Burma Government Medical School reports 1923-41
Year: 1923
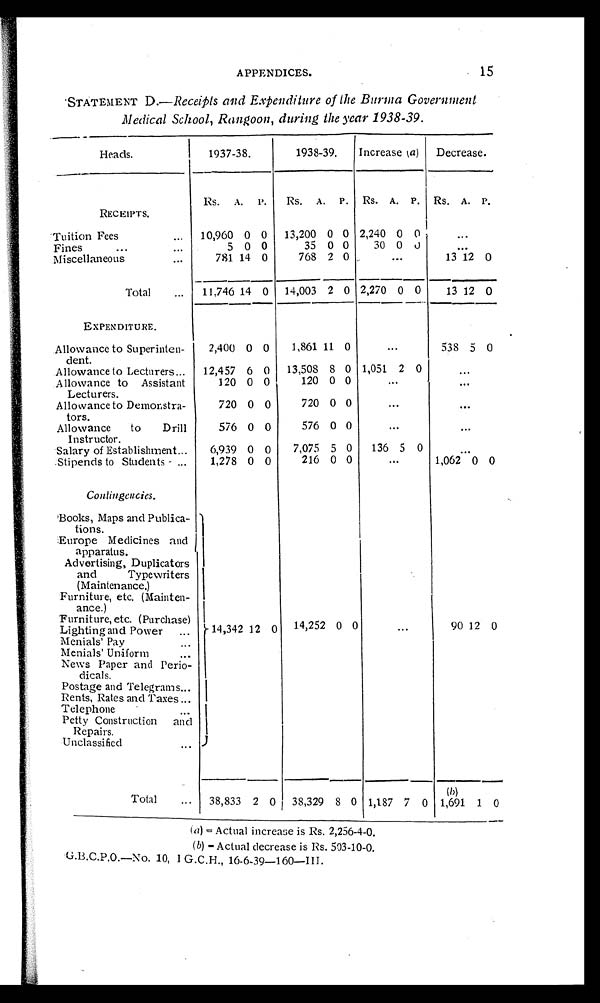
APPENDICES.
15
STATEMENT D.—Receipts and Expenditure of the Burma Government
Medical School, Rangoon, during the year 1938-39.
Heads.
1937-38.
1938-39. Increase (a) Decrease.
Rs. A. P. Rs. A. P. Rs. A. P. Rs. A. P.
RECEIPTS.
Tuition Fees
10,960 0 0 13,200 0 0 2,240 0 0
Fines
5 0 0
35 0 0 30 0 0
Miscellaneous
781 14 0
768 2 0
13 12 0
Total
11,746 14 0 14,003 2 0 2,270 0 0 13 12 0
EXPENDITURE.
Allowance to Superinten-
dent.
2,400 0 0 1,861 11 0
538 5 0
Allowance to Lecturers
12,457 6 0 13,508 8 0 1,051 2 0
Allowance to Assistant
Lecturers.
120 0 0
120 0 0
Allowance to Demonstra-
tors.
720 0 0
720 0 0
Allowance to Drill
Instructor.
576 0 0
576 0 0
Salary of Establishment
6,939 0 0 7,075 5 0 136 5 0
.Stipends to Students
1,278 0 0
216 0 0
1,062 0 0
Contingencies.
Books, Maps and Publica-
tions.
Europe Medicines and
apparatus.
Advertising, Duplicators
and
Typewriters
(Maintenance.)
Furniture, etc. (Mainten-
ance.)
Furniture, etc. (Purchase)
Lighting and Power
14,342 12 0 14,252 0 0
90 12 0
Menials' Pay
Menials' Uniform
News Paper and Perio-
d i c a l s .
Postage and Telegrams
Rents, Rates and Taxes
Telephone
Petty Construction and
Repairs.
Unclassified
Total
38,833 2 0 38,329 8 0 1,187 7 0
( 6 )
1,691 1 0
(a)
=
A c t u a l i n c r e a s e i s R s . 2 , 2 5 6 - 4 – 0 .
(b)
=
A c t u a l d e c r e a s e i s R s . 5 0 3 - 1 0 - 0 .
G.B.C.P.O.—No. 10, I G.C.H., 16-6-39-160—III.